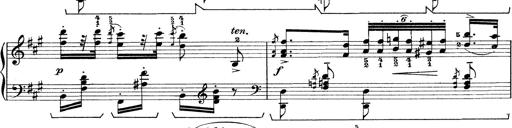
Title: Rapsodie: 19 ungheresi, 1 spagnuola
Composer: Franz Liszt